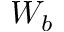
W _ { b }